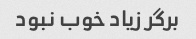
برگر زیاد خوب نبود